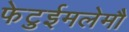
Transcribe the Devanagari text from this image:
फेटुईमलेमौ